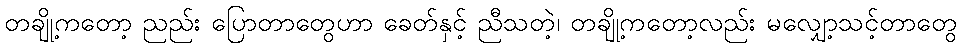
တချို့ကတော့ ညည်း ပြောတာတွေဟာ ခေတ်နှင့် ညီသတဲ့၊ တချို့ကတော့လည်း မလျှော့သင့်တာတွေ